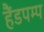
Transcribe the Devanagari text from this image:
हैंडपम्प